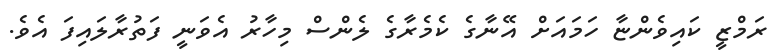
ރަމްޒީ ކައިވެންޏާ ހަމައަށް އޭނާގެ ކެމެރާގެ ލެންސް މިހާރު އެވަނީ ފަތުރާލައިފަ އެވެ.